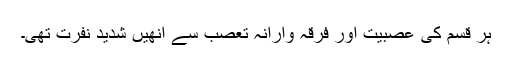
ہر قسم کی عصبیت اور فرقہ وارانہ تعصب سے انھیں شدید نفرت تھی۔